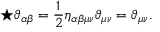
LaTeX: \star \vartheta _ { \alpha \beta } = { \frac { 1 } { 2 } } \eta _ { \alpha \beta \mu \nu } \vartheta _ { \mu \nu } = \vartheta _ { \mu \nu } .